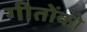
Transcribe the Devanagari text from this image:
गीतोंको